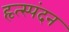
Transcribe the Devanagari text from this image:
हृत्स्पंदन